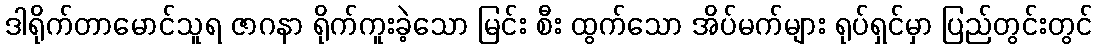
ဒါရိုက်တာမောင်သူရ ဇာဂနာ ရိုက်ကူးခဲ့သော မြင်း စီး ထွက်သော အိပ်မက်များ ရုပ်ရှင်မှာ ပြည်တွင်းတွင်